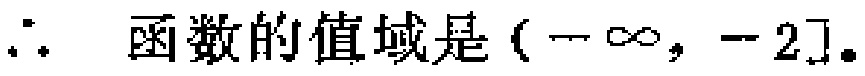
\(\therefore \text{ 函数的值域是 }(-\infty, -2].\)